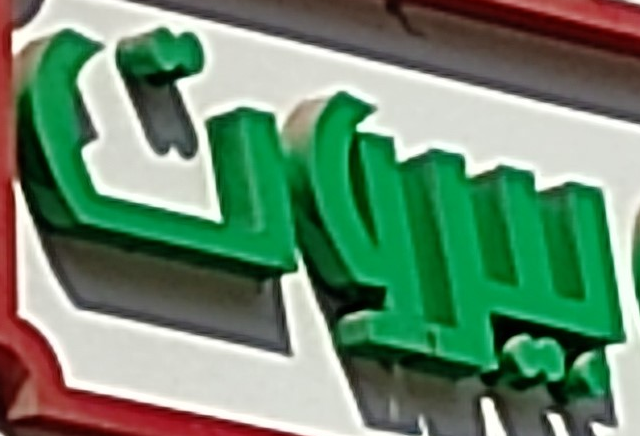
بيروت